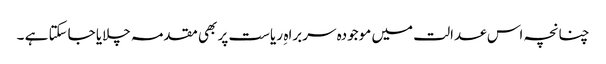
چنانچہ اس عدالت میں موجودہ سربراہ ِ ریاست پر بھی مقدمہ چلایا جاسکتا ہے ۔